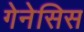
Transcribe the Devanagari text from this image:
गेनेसिस